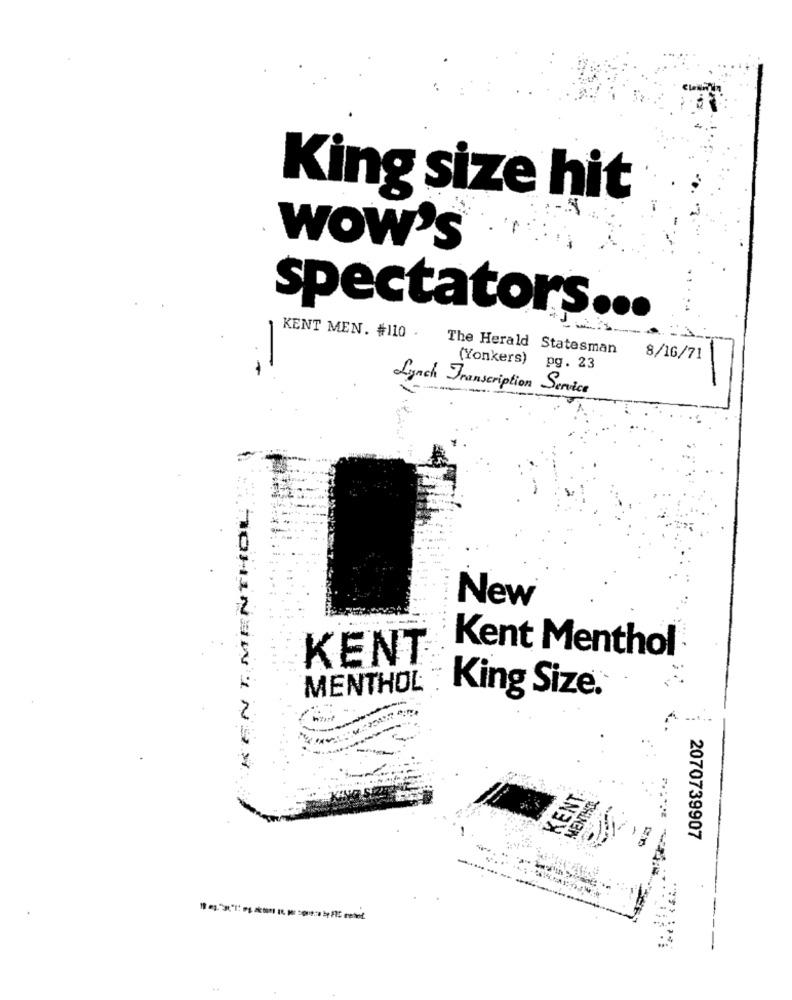
King size hit
WOW's
spectators ...
KENT MEN. #110 .
-
The Herald Statesman
8/16/71
(Yonkers) pg. 23
Lynch Transcription Service
New
Kent Menthol
KENT
MENTHOL
King Size.
TOHINEINININ
KENT
CHINGIN
2070739907